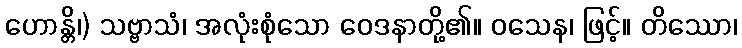
ဟောန္တိ၊) သဗ္ဗာသံ၊ အလုံးစုံသော ဝေဒနာတို့၏။ ဝသေန၊ ဖြင့်။ တိဿော၊